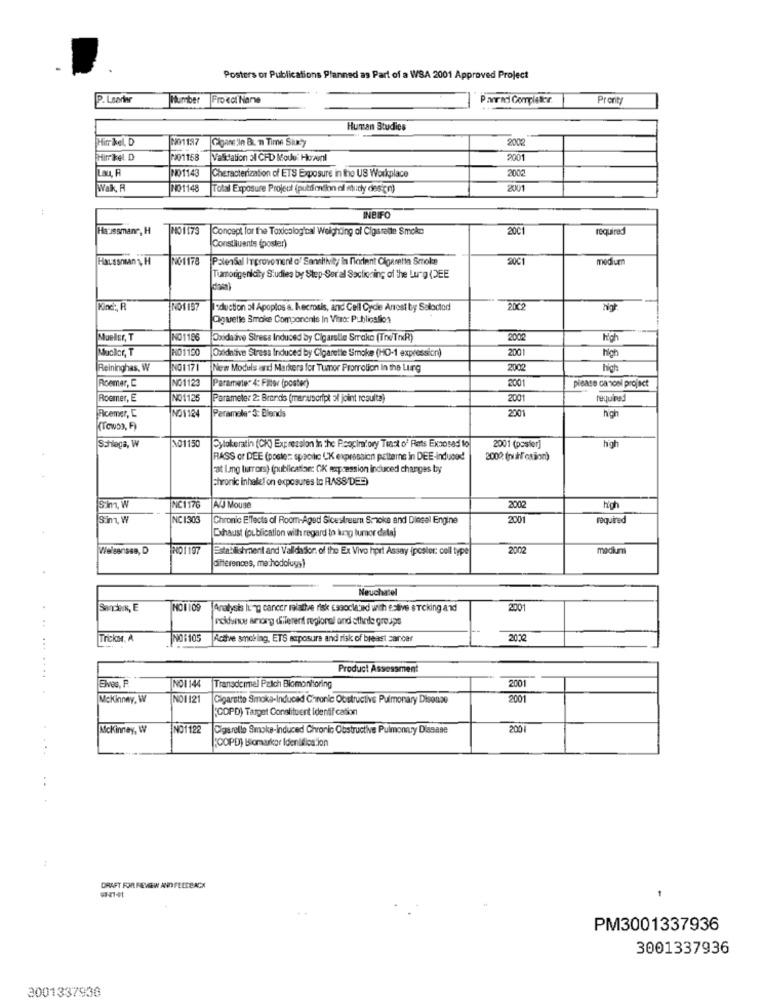
Posters or Publications Planned as Part of a WSA 2001 Approved Project
P. Lsorter
Number
Fro col Narve
Panrad Conpieter
Pronty
Human Studies
Hitrikol, D
N01197
Gigane Sin B. n Time Siuey
2002
FHiriket. D
401158
Validation 31 CFD Mode: Howenl
2001
Lau, R
101143
Characterization of ETS Exposure in the US Workplace
2002
Walk, A
NO1148
Total Exposure Project (putfontion ol nudy des cr)
2001
INBIFO
Haussmanr, H
NO1173
Concept for the Toxicological Weighting of Cigarette Smoke
2001
required
Constituents (poster)
Haussman 1 H
NO1178
PolenSal Irprove ment o' Sensitivity in forient Cigaretta Smoke
20℃1
medium
Tumorigenicity Studies by Step-Ser al Sectioning of the Lurg (DEE
NO1 157
Eduction 31 Apoptos'a. Necrosis, and Cell Cycle Anrost by Saloctod
2002
Digtette Smoke Componenis In Vitro: Publication
Mueller, T
NO1186
Oxidative Stress Induced by Cigaretle Srrako (Tre/TrxR)
2002
Kich
HO1190
Oxidative Stress Induced by Cigarette Smoke (HO-1 expression)
2001
high
Reininghas, W
NO 117 1
New Models and Markers for Tumor Prorrolion In the Lurg
2002
high
Roemer, C
NO1123
Parameter 4: Fater (poster)
3001
please cancel project
Roemer, E
NO1125
Parameter 2: Brands (manuscript al joint resulta)
2001
2001
high
Ricemer, C
NO1124
Paramele" 3: Blends
(TOWO3, F)
101150
high
Schlaga, W
Bytokeratin (CK) Expression in the Poopimiory Trast of Rets Exposed to
2001 (poster]
RASS or DEE (poster: spacilic CK expression patterns in DEE-induced
2000 (puff'ction)
Fat Lmg turrors) (publication: CK supression induced changes by
Chronic inhalel'on exposures to RASS DE=)
NC1176
2002
5-m W
A/J Mouse
high
3 m, W
NC 1303
Chronic Effects of Room-Aged Sicestream S.woke and Diesel Engine
2001
required
Dihaust (publication with regard to kung tumor data)
Weisenses, D
HO1197
Establishment and Valldasor. of the Ex Vivo hprt Assay iposter: coll type
2002
medium
differences, methodology)
Neuchatel
Sanders, E
NO1109
Analysis lung cancer relative risk Essocle'ed with estive eTicking and
2001
poidanwe among diferent regional and otheile groups
Tricko.A
NO:105
Active smoking, ETS exposure and risk of breast cancer
2012
Product Assessment
NO1144
2001
Transdermal Pzich Biomonitoring
Mckinney, W
NO1121
Cigarette Smoke-Induced Chronic Obstructive Pulmonary Disease
2001
(CDPD) Target Constituent Identif cation
Mckinney, W
NO1122
Cigarette Smoke-Induced Chronic Obstructive Pulmonary Disease
2001
(COPD) Biomarkpr Identification
..
DRAFT FOR REYGW AND FEEDBACK
PM3001337936
3001337936
3001337936